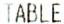
TABLE